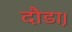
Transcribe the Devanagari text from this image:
दौडा़।